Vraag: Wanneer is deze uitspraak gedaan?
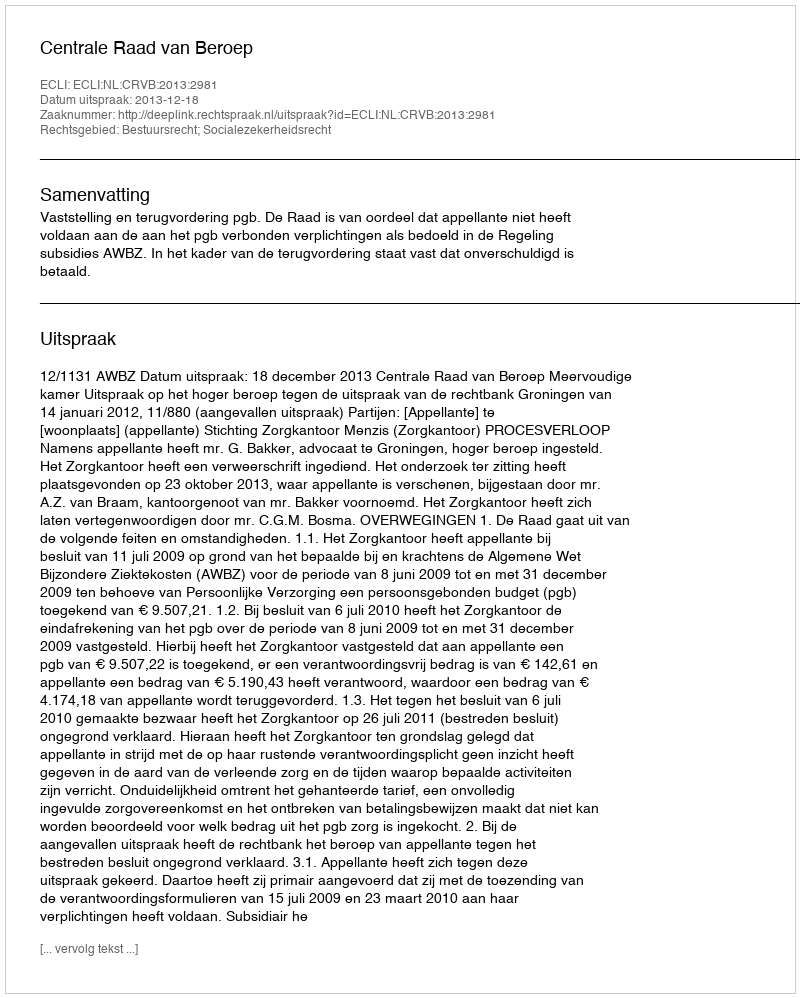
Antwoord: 2013-12-18